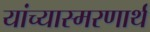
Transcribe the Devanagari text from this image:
यांच्यास्मरणार्थ